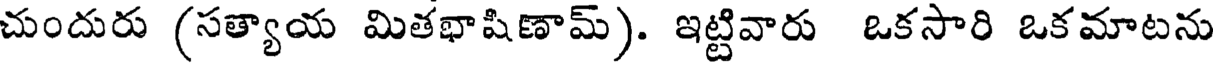
చుందురు (సత్యాయ మితభాషిణామ్). ఇట్టివారు ఒకసారి ఒకమాటను